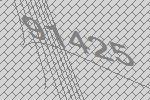
91425